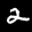
Label: 2